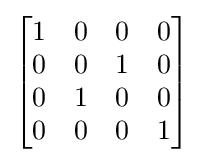
{\begin{bmatrix}1&0&0&0\\0&0&1&0\\0&1&0&0\\0&0&0&1\end{bmatrix}}